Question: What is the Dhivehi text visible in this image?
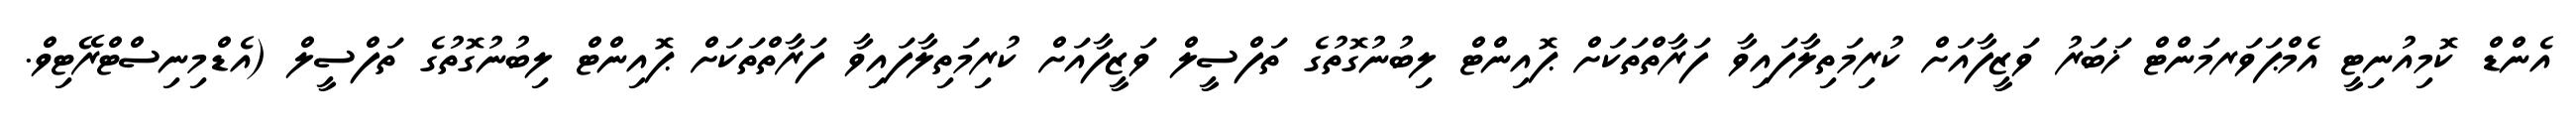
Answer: އެންޑް ކޮމިއުނިޓީ އެމްޕަވަރމަންޓް ޚަބަރު ވަޒީފާއަށް ކުރިމަތިލާފައިވާ ފަރާތްތަކަށް ޕޮއިންޓް ލިބުނުގޮތުގެ ތަފްސީލް ވަޒީފާއަށް ކުރިމަތިލާފައިވާ ފަރާތްތަކަށް ޕޮއިންޓް ލިބުނުގޮތުގެ ތަފްސީލް (އެޑްމިނިސްޓްރޭޓިވް.